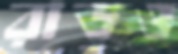
রাডও